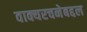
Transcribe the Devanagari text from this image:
वाक्यरचनेबद्दल